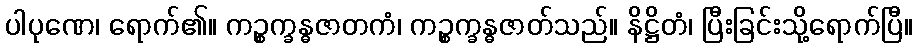
ပါပုဏေ၊ ရောက်၏။ ကဉ္စက္ခန္ဓဇာတကံ၊ ကဉ္စက္ခန္ဓဇာတ်သည်။ နိဋ္ဌိတံ၊ ပြီးခြင်းသို့ရောက်ပြီ။